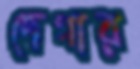
দেগার